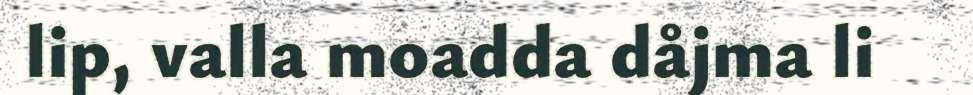
lip, valla moadda dåjma li